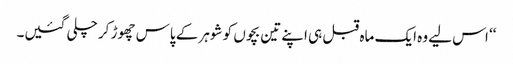
‘‘ اس لیے وہ ایک ماہ قبل ہی اپنے تین بچوں کو شوہر کے پاس چھوڑ کر چلی گئیں۔